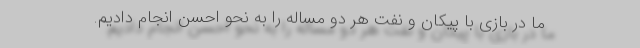
ما در بازی با پیکان و نفت هر دو مساله را به نحو احسن انجام دادیم.